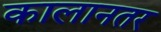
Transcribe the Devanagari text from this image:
कालानतर